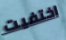
اختفيت